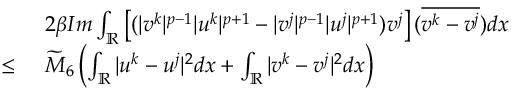
\begin{array} { r l } & { 2 \beta I m \int _ { \mathbb { R } } \left[ ( | v ^ { k } | ^ { p - 1 } | u ^ { k } | ^ { p + 1 } - | v ^ { j } | ^ { p - 1 } | u ^ { j } | ^ { p + 1 } ) v ^ { j } \right] ( \overline { { v ^ { k } - v ^ { j } } } ) d x } \\ { \leq \ } & { \widetilde { M } _ { 6 } \left( \int _ { \mathbb { R } } | u ^ { k } - u ^ { j } | ^ { 2 } d x + \int _ { \mathbb { R } } | v ^ { k } - v ^ { j } | ^ { 2 } d x \right) } \end{array}